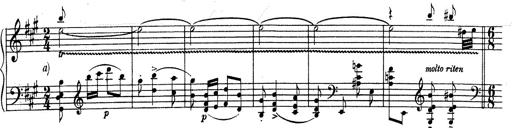
Title: RÃ©miniscences de Don Juan
Composer: Franz Liszt